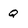
Character: Q